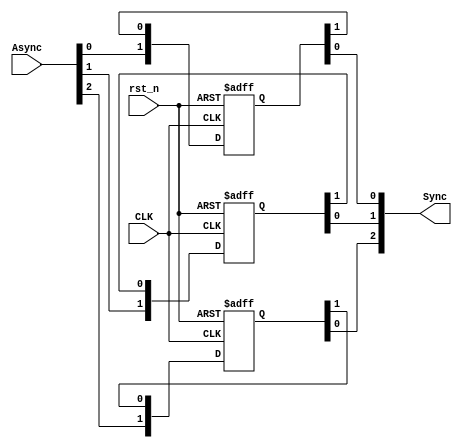
module P_SYNC
#(
	parameter BUS_WIDTH  = 3,
	parameter NUM_STAGES = 2
)
(
	input  wire 				CLK,
	input  wire 				rst_n,
	input  wire [BUS_WIDTH-1:0] Async,
	output reg  [BUS_WIDTH-1:0] Sync
);

// Number of stages
reg [NUM_STAGES-1:0] NFFS [BUS_WIDTH-1:0];

integer i;

always @(posedge CLK , negedge rst_n) begin
	
	if(!rst_n) begin
		for (i = 0; i < BUS_WIDTH;i = i + 1) begin
			NFFS[i] <= 0;
		end
	end
	else begin
		for (i = 0;i < BUS_WIDTH;i = i + 1) begin
			NFFS[i] <= {Async[i],NFFS[i][NUM_STAGES-1:1]};
		end
	end

end

always @(*) begin
	
	for (i = 0; i < BUS_WIDTH;i = i + 1) begin
		Sync[i] = NFFS[i][0];
	end

end

endmodule